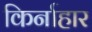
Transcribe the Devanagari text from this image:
किर्नाहार